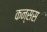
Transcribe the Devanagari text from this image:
कन्सस